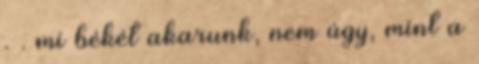
. . mi békét akarunk, nem úgy, mint a